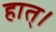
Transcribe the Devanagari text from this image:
हात्।